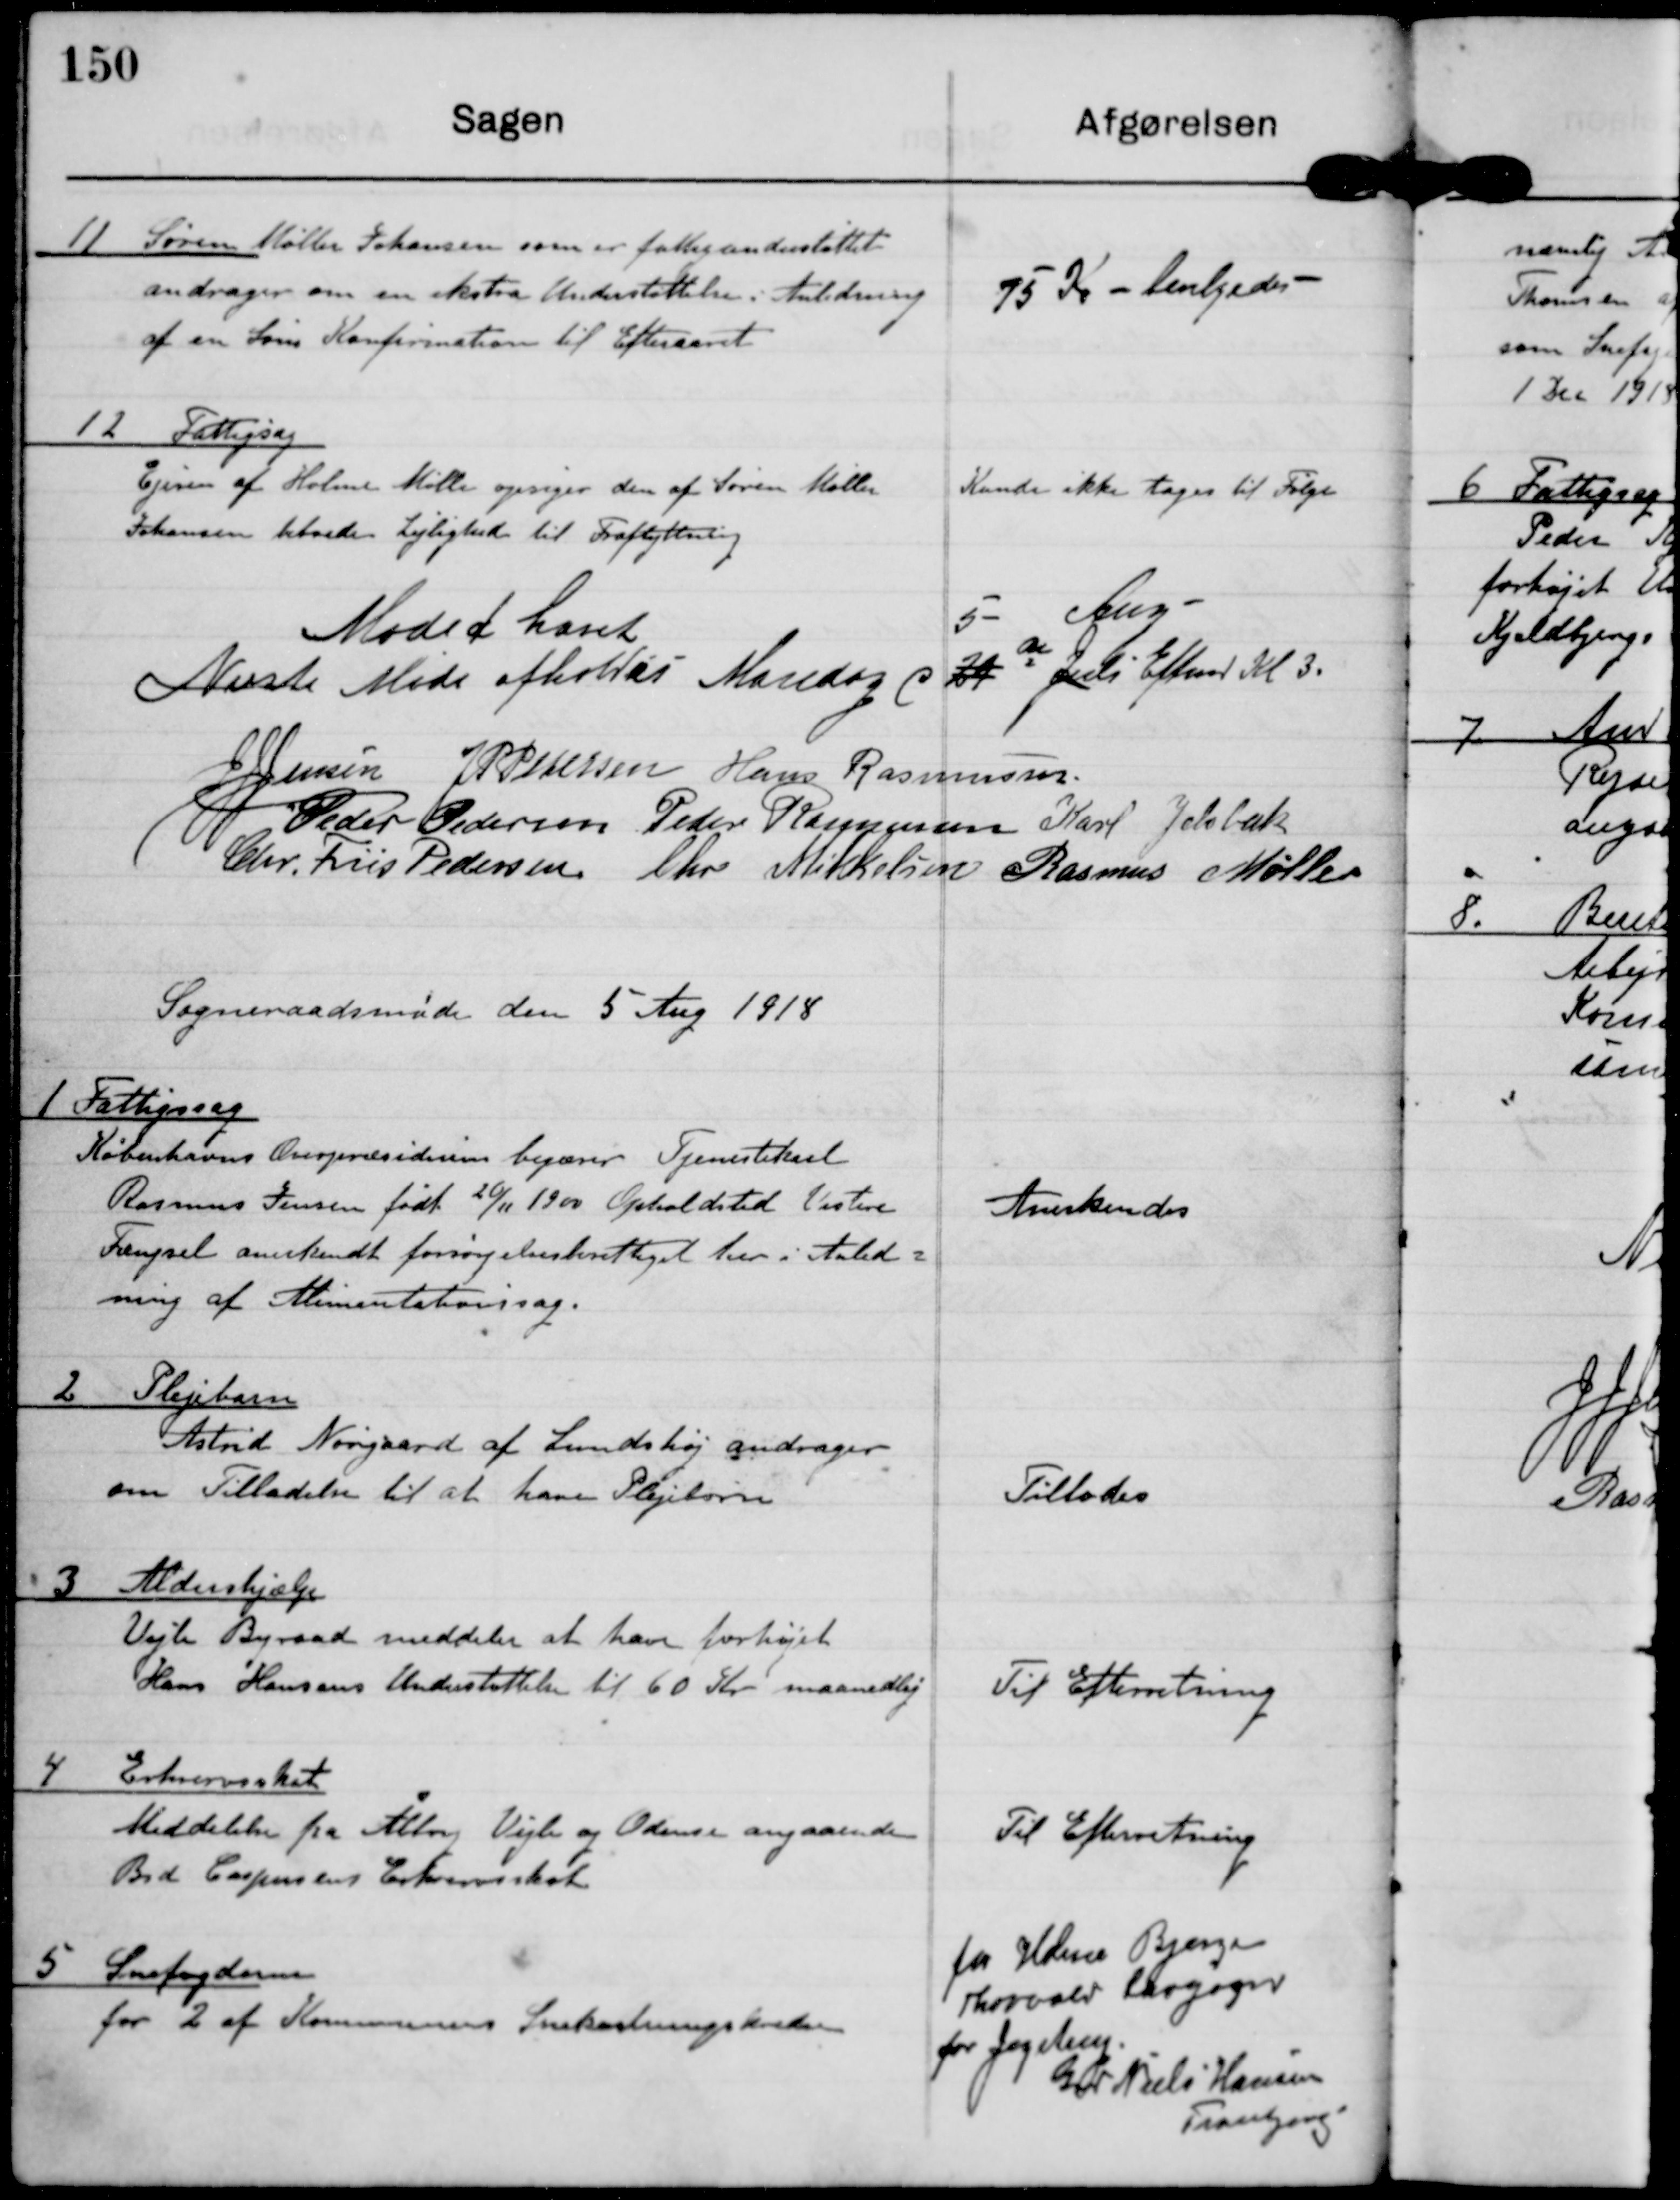
Transskription:
11 Søren Møller Johansen som eer fattigunderstøttet
andrager om en ekstra Understøttele i Anledning
af en Søns Konfirmation til Efteraaret

75 Kr. bevilgedes

12 Fattigsag
Ejeren af Holme Mølle opsiger den af Søren Møller
Johansen beboede Lejlighed til Fraflytning

Kunde ikke tages til Følge

Mødet hævet

5. Aug.
Næste Møde afholdes Mandag d 29 de Juli Efterm. Kl 3

J J jensen

J P Pedersen

Hans Rasmussen

Peder Pedersen

Peder Rasmussen

Karl Jelsbak

Chr. Friis Pedersen

Chr Mikkelsen

Rasmus Møller

Sogneraadsmøde den 5. Aug 1918

1 Fattigssag
København Overpresidium begærer Tjenestekarl
Rasmus Jensen født 20/11 1900 Opholdsted Vestre
Fængsel anerkendt forsørgelsesberettiget her i Anled-
ning af Alimentationssag.

Anerkendes

2 Plejebarn
Astrid Nørgaard af Lundshøj andrager
om Tilladelse til at have Plejebørn

Tillodes

3 Aldeershjælp
Vejle Byraad meddeler at have forhøjet
Hans Hansens Understøttelse til 60 Kr maanedlig

Til Efterretning

4 Erhvervsskat
Meddelelse fra Ålborg, Vejle og Odense angaaende
Brd Caspersens Erhvervsskat

Til Efterretning

5 Snefogderne
for 2 af Kommunens Snekastningskredse

for Holme Bjerge
Thorvald ?
for Jegstrup
Gdr. Niels Hansen
Tranbjerg